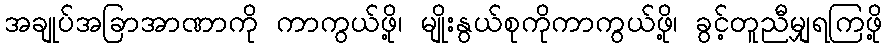
အချုပ်အခြာအာဏာကို ကာကွယ်ဖို့၊ မျိုးနွယ်စုကိုကာကွယ်ဖို့၊ ခွင့်တူညီမျှရကြဖို့